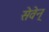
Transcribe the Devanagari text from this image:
सेवेन्